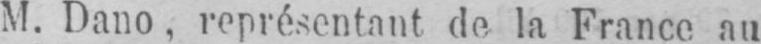
M. Dano, représentant de la France au